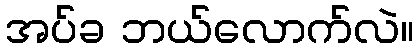
အပ်ခ ဘယ်လောက်လဲ။